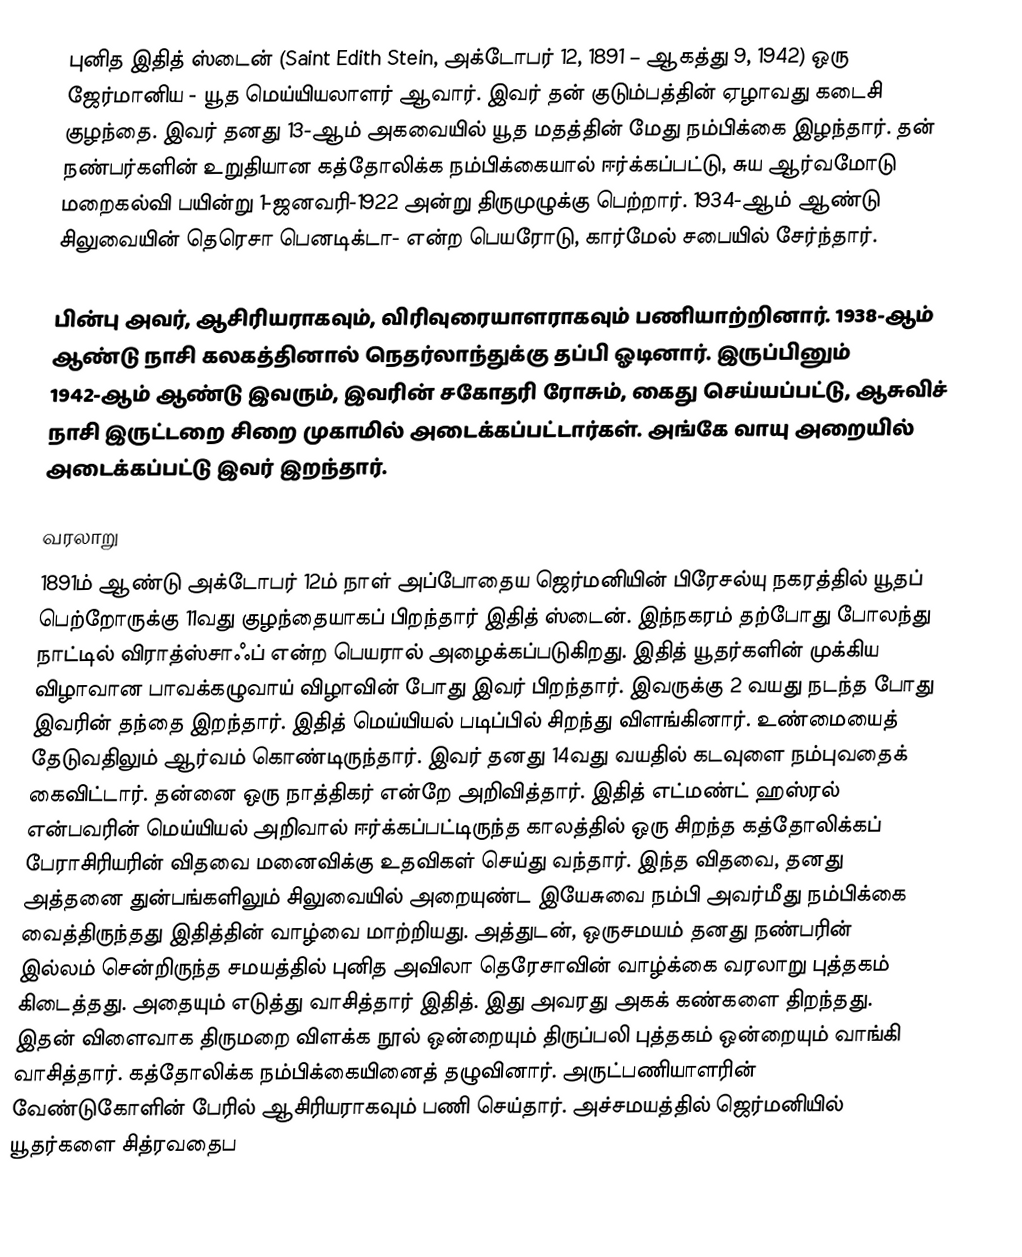
புனித இதித் ஸ்டைன் (Saint Edith Stein, அக்டோபர் 12, 1891 – ஆகத்து 9, 1942) ஒரு ஜேர்மானிய - யூத மெய்யியலாளர் ஆவார். இவர் தன் குடும்பத்தின் ஏழாவது கடைசி குழந்தை. இவர் தனது 13-ஆம் அகவையில் யூத மதத்தின் மேது நம்பிக்கை இழந்தார். தன் நண்பர்களின் உறுதியான கத்தோலிக்க நம்பிக்கையால் ஈர்க்கப்பட்டு, சுய ஆர்வமோடு மறைகல்வி பயின்று 1-ஜனவரி-1922 அன்று திருமுழுக்கு பெற்றார். 1934-ஆம் ஆண்டு சிலுவையின் தெரெசா பெனடிக்டா- என்ற பெயரோடு, கார்மேல் சபையில் சேர்ந்தார்.

பின்பு அவர், ஆசிரியராகவும், விரிவுரையாளராகவும் பணியாற்றினார். 1938-ஆம் ஆண்டு நாசி கலகத்தினால் நெதர்லாந்துக்கு தப்பி ஓடினார். இருப்பினும் 1942-ஆம் ஆண்டு இவரும், இவரின் சகோதரி ரோசும், கைது செய்யப்பட்டு, ஆசுவிச் நாசி இருட்டறை சிறை முகாமில் அடைக்கப்பட்டார்கள். அங்கே வாயு அறையில் அடைக்கப்பட்டு இவர் இறந்தார்.

வரலாறு
1891ம் ஆண்டு அக்டோபர் 12ம் நாள் அப்போதைய ஜெர்மனியின் பிரேசல்யு நகரத்தில் யூதப் பெற்றோருக்கு 11வது குழந்தையாகப் பிறந்தார் இதித் ஸ்டைன். இந்நகரம் தற்போது போலந்து நாட்டில் விராத்ஸ்சாஃப் என்ற பெயரால் அழைக்கப்படுகிறது. இதித் யூதர்களின் முக்கிய விழாவான பாவக்கழுவாய் விழாவின் போது இவர் பிறந்தார். இவருக்கு 2 வயது நடந்த போது இவரின் தந்தை இறந்தார். இதித் மெய்யியல் படிப்பில் சிறந்து விளங்கினார். உண்மையைத் தேடுவதிலும் ஆர்வம் கொண்டிருந்தார். இவர் தனது 14வது வயதில் கடவுளை நம்புவதைக் கைவிட்டார். தன்னை ஒரு நாத்திகர் என்றே அறிவித்தார். இதித் எட்மண்ட் ஹஸ்ரல் என்பவரின் மெய்யியல் அறிவால் ஈர்க்கப்பட்டிருந்த காலத்தில் ஒரு சிறந்த கத்தோலிக்கப் பேராசிரியரின் விதவை மனைவிக்கு உதவிகள் செய்து வந்தார். இந்த விதவை, தனது அத்தனை துன்பங்களிலும் சிலுவையில் அறையுண்ட இயேசுவை நம்பி அவர்மீது நம்பிக்கை வைத்திருந்தது இதித்தின் வாழ்வை மாற்றியது. அத்துடன், ஒருசமயம் தனது நண்பரின் இல்லம் சென்றிருந்த சமயத்தில் புனித அவிலா தெரேசாவின் வாழ்க்கை வரலாறு புத்தகம் கிடைத்தது. அதையும் எடுத்து வாசித்தார் இதித். இது அவரது அகக் கண்களை திறந்தது. இதன் விளைவாக திருமறை விளக்க நூல் ஒன்றையும் திருப்பலி புத்தகம் ஒன்றையும் வாங்கி வாசித்தார். கத்தோலிக்க நம்பிக்கையினைத் தழுவினார். அருட்பணியாளரின் வேண்டுகோளின் பேரில் ஆசிரியராகவும் பணி செய்தார். அச்சமயத்தில் ஜெர்மனியில் யூதர்களை சித்ரவதைப